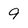
Character: 9